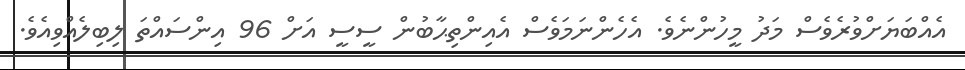
އެއްބަޔަށްވުރެވެސް މަދު މީހުންނެވެ. އެހެންނަމަވެސް އެއިންތިޙާބުން ސީސީ އަށް 96 އިންސައްތަ ލިބިލެއްވިއެވެ.